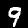
Label: 9